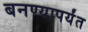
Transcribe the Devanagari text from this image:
बनण्यापर्यंत